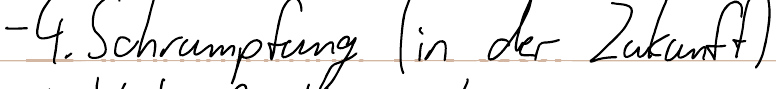
- 4. Schrumpfung (in der Zukunft)